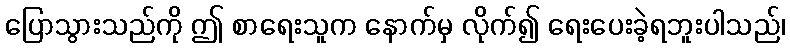
ပြောသွားသည်ကို ဤ စာရေးသူက နောက်မှ လိုက်၍ ရေးပေးခဲ့ရဘူးပါသည်၊